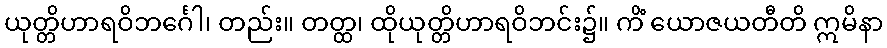
ယုတ္တိဟာရဝိဘင်္ဂေါ၊ တည်း။ တတ္ထ၊ ထိုယုတ္တိဟာရဝိဘင်း၌။ ကိံ ယောဇယတီတိ ဣမိနာ